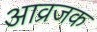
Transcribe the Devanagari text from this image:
आव्रजक